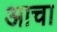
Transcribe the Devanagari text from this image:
आचा